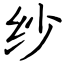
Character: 纱